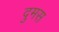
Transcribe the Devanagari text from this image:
दुमस